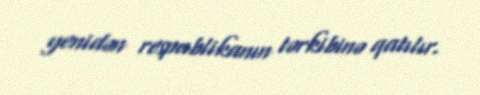
yenidən respublikanın tərkibinə qatılır.